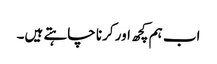
اب ہم کچھ اور کرنا چاہتے ہیں۔